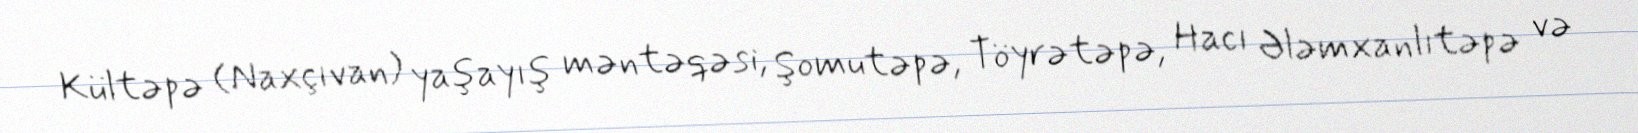
Kültəpə (Naxçıvan) yaşayış məntəqəsi, Şomutəpə, Töyrətəpə, Hacı Ələmxanlıtəpə və